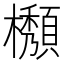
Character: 𱤲